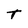
Character: T